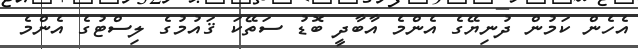
އެހެން ކަމުން ދުނިޔޭގެ އެންމެ އާބާދީ ބޮޑު ސަތޭކަ ޤައުމުގެ ލިސްޓުގެ އެންމެ